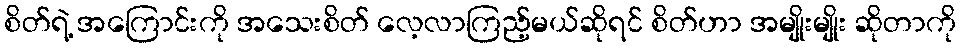
စိတ်ရဲ့ အကြောင်းကို အသေးစိတ် လေ့လာကြည့်မယ်ဆိုရင် စိတ်ဟာ အမျိုးမျိုး ဆိုတာကို